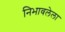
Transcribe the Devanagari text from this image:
निभावलेला